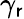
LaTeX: \gamma_{\mathsf{r}}